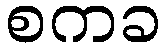
စကခ